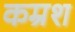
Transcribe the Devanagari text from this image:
कम्रश